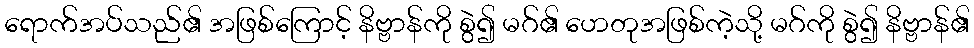
ရောက်အပ်သည်၏ အဖြစ်ကြောင့် နိဗ္ဗာန်ကို စွဲ၍ မဂ်၏ ဟေတုအဖြစ်ကဲ့သို့ မဂ်ကို စွဲ၍ နိဗ္ဗာန်၏